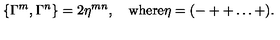
\{ \Gamma ^ { m } , \Gamma ^ { n } \} = 2 \eta ^ { m n } , \quad \mathrm { w h e r e } \eta = ( - + + \ldots + ) .